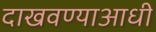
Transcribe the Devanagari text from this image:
दाखवण्याआधी